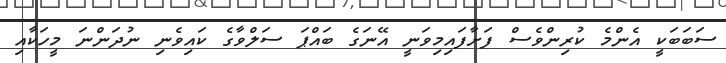
ސަބަބަކީ އެންމެ ކުރިންވެސް ފަށާފައިމިވަނީ އޭނަގެ ބައްޕަ ސަލްވާގެ ކައިވެނި ނުދަންނަ މީހަކާއި